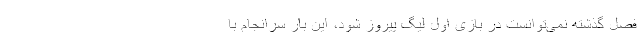
فصل گذشته نمی‌توانست در بازی اول لیگ پیروز شود، این بار سرانجام با